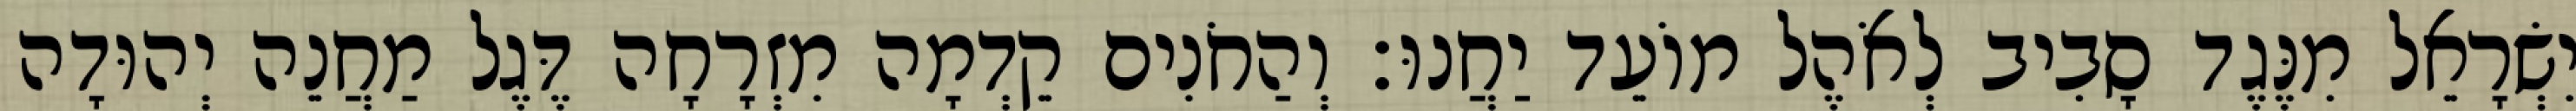
יִשְׂרָאֵל מִנֶּגֶד סָבִיב לְאֹהֶל מוֹעֵד יַחֲנוּ׃ וְהַחֹנִים קֵדְמָה מִזְרָחָה דֶּגֶל מַחֲנֵה יְהוּדָה